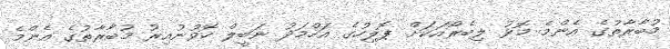
މުބާރާތުގެ އެންމެ މޮޅު ލިބެރޯއަކަށް ޕޮލިހުގެ އަހްމަދު ނަބީލް ހޮވުނުއިރު މުބާރާތުގެ އެންމެ